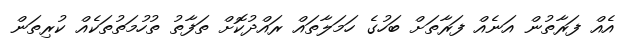
އެއް ފަރާތުން އަނެއް ފަރާތަށް ބަހުގެ ހަމަލާތައް ރައްދުކޮށް ތަފާތު ތުހުމަތުތަކެއް ކުރިތަން